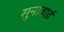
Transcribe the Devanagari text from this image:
सुनाबाई